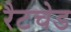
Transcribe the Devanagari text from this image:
रैटचेड